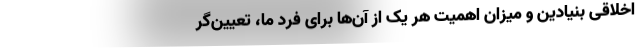
اخلاقی بنیادین و میزان اهمیت هر یک از آن‌ها برای فردِ ما، تعیین‌گر